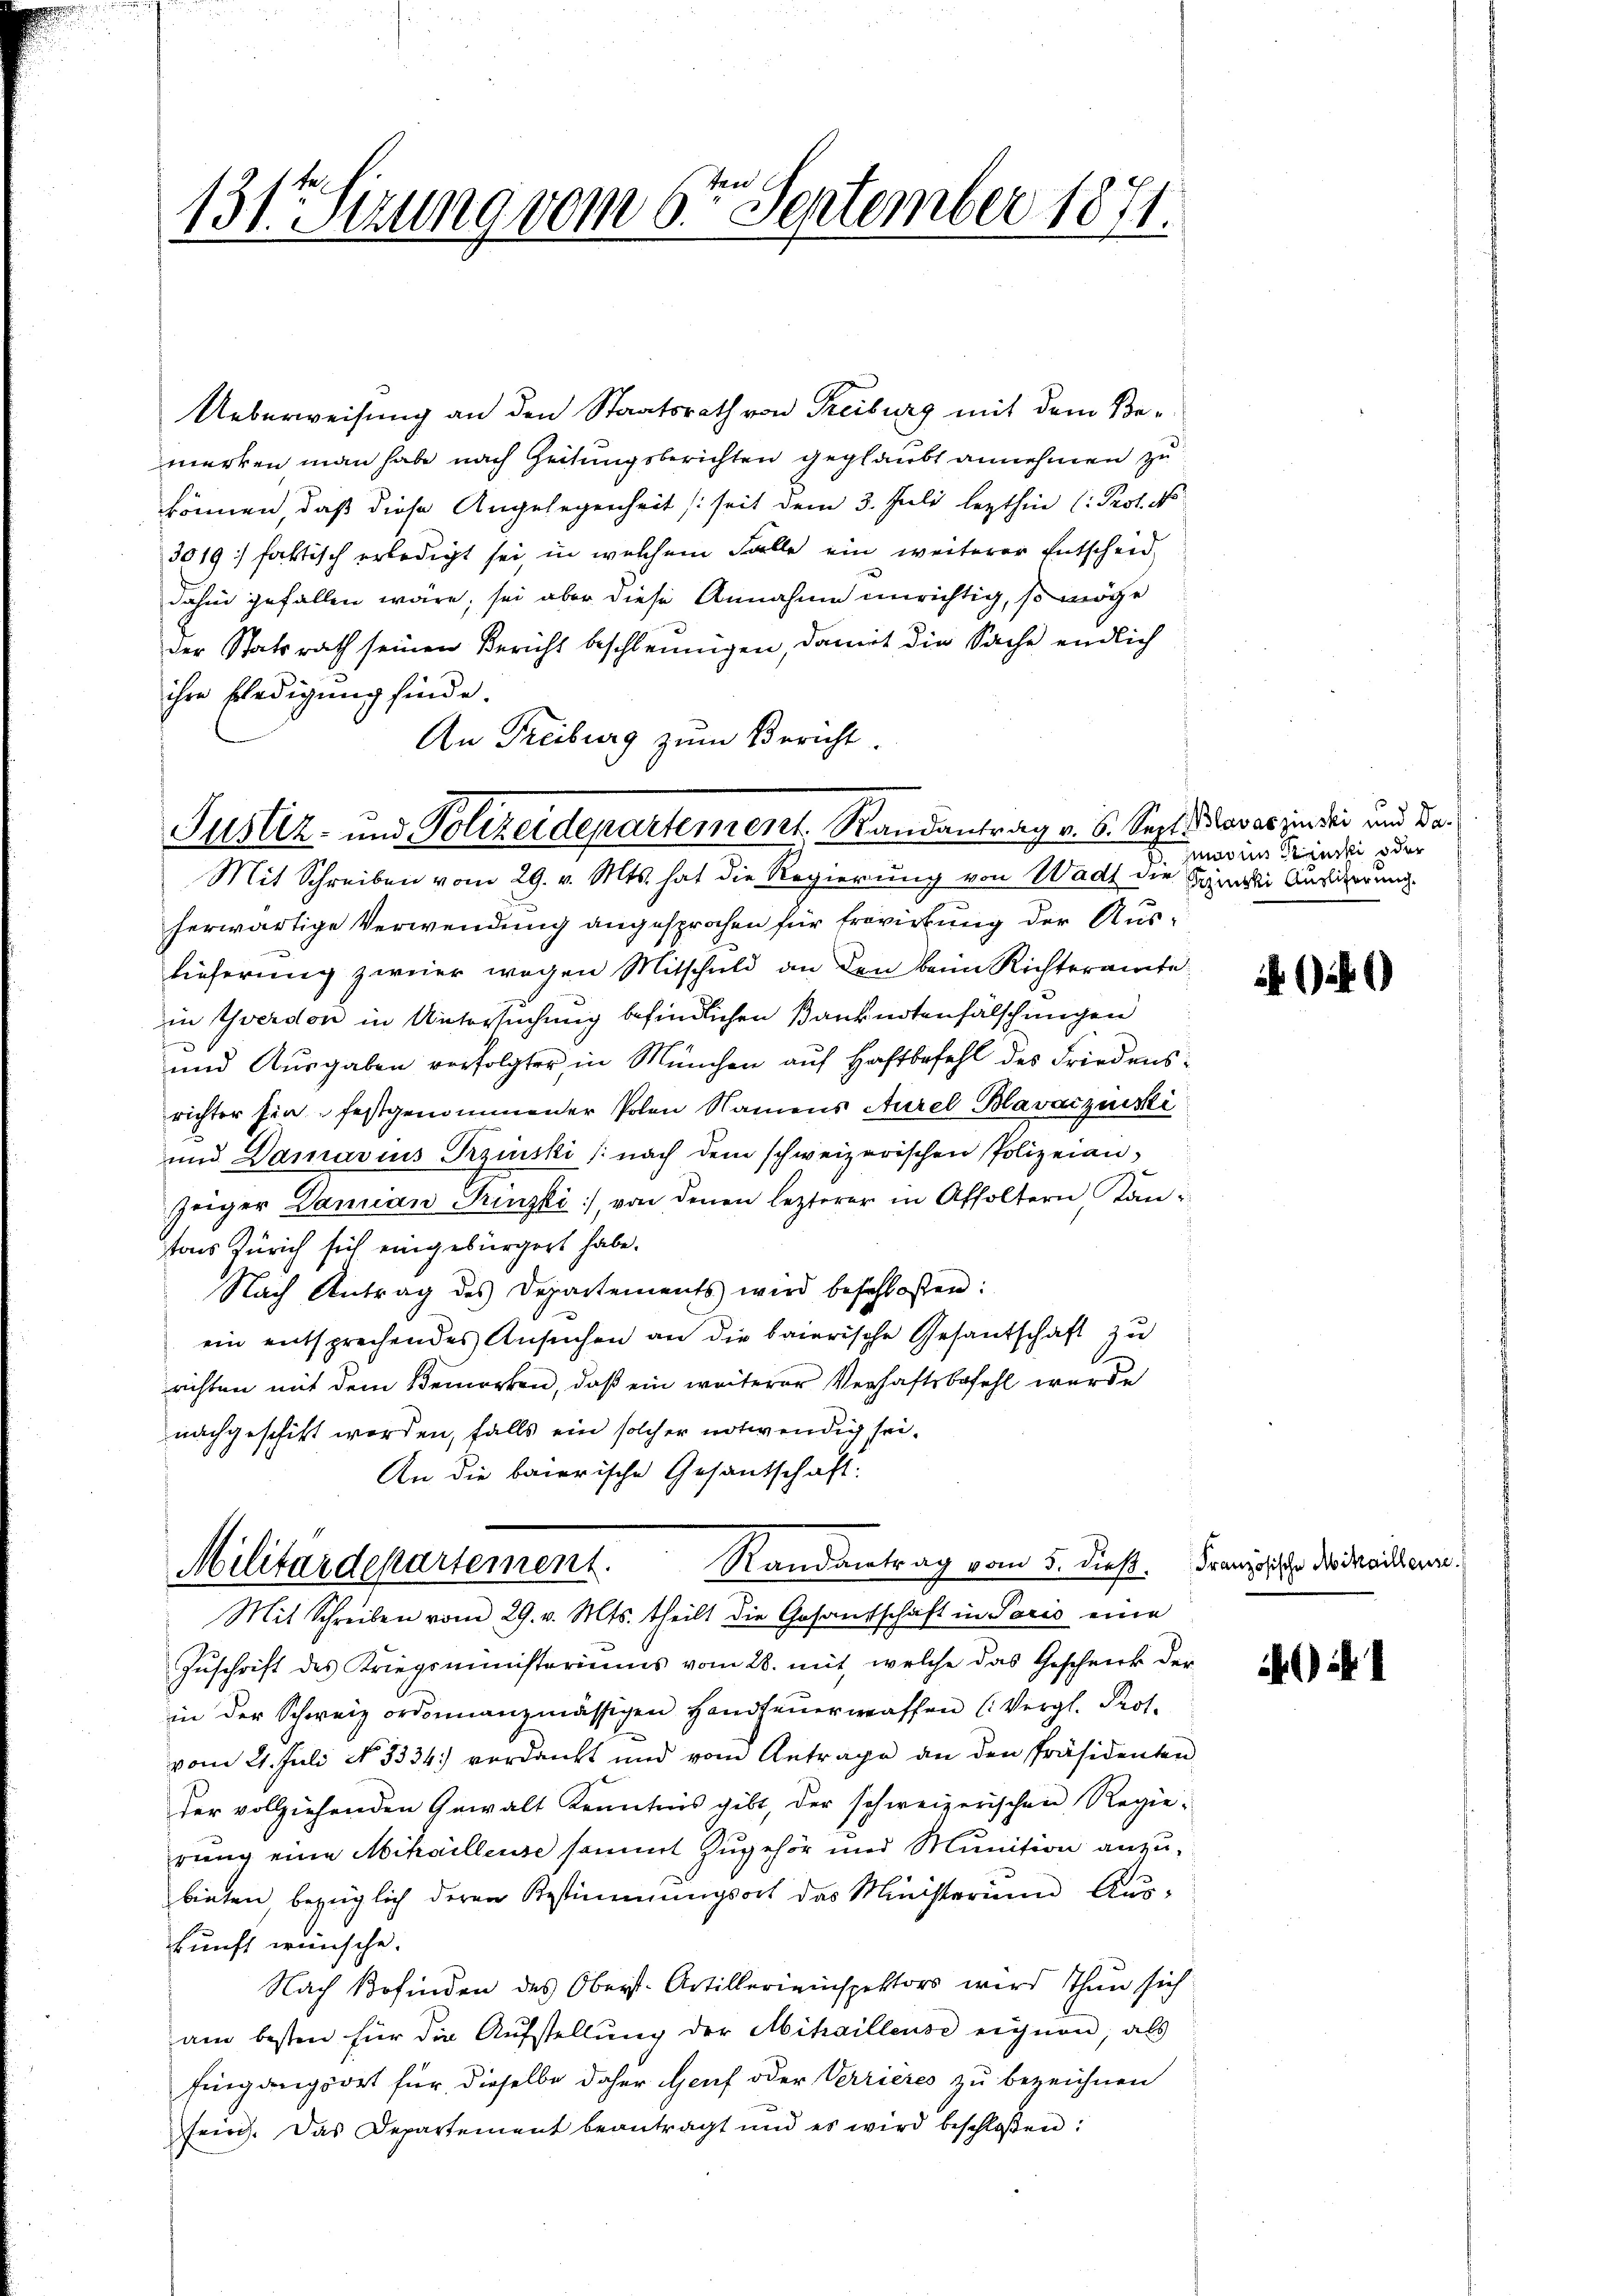
131te Serung vom 6ten September 1871.

Ueberweisung an den Staatsrath von Treiburg mit dem Bemerken man habe nach Zeitungsberichten geglaubt annehmen zu
können, daß diese Angelegenheit (seit dem 3. Juli lezthin (Prof. No
3019) faktisch erledigt sei, in welchem Falle ein weiterer Entscheid
dahin gefallen wäre; sei aber diese Annahme unrichtig, so möge
der Statsrath seinen Bericht beschleunigen, damit die Sache endlich
ihre Erledigung finde.
An Freiburg zum Bericht.

Justiz- und Polizeidepartement. Randantrag v. 6. Sept., das es in der und da¬
Mit Schreiben vom 29. v. Mts. hat die Regierung von Wadt die Familie Ausierung

Militärdepartement. Randantrag vom 5. dieß. Franz des dreichen.
Mit Schreiben vom 29. v. Mts. theilt die Gesandtschaft in Paris eine

herwärtige Verwendung angesprochen für Erwirkung der Auslieferung zweier wegen Mitschuld an den beim Richteramte
in Yverdon in Untersuchung befindlichen Banknotenfälschungen
und Ausgaben verfolgter in München auf Haftbefehl des Friedensrichter hin festgenommener Polen Namens Aurel Blavaczuiski
und Damarius Trzinski (nach dem schweizerischen Polizeian,
zeiger Damian Prinzki, von denen lezterer in Affoltern Kantons Zürich sich eingebürgert habe.
Nach Antrag des Departements wird beschloßen:
ein entsprechendes Ansuchen an die baierische Gesantschaft zu
richten mit dem Bemerken, daß ein weiterer Verhaftsbefehl wurde
nachgeschikt worden, falls ein solcher notwendig sei¬
An die baierische Gesandschaft:

moins Krinski oder

Zuschrift des Kriegsministeriums vom 28. mit, welche das Geschenck der
in der Schweiz ordinanzmässigen Handfeuerwaffen (Vergl. Prot.
vom 21. Juli No 1334) verdankt und vom Antrage an den Präsidenten
der vollziehenden Gewalt Kenntnis gibt, der schweizerischen Regierung eine Mihailleuse sammt zugehör und Munition anzubieten, bezüglich deren Bestimmungsort das Ministerium Auskunft wünsche.
Nach Befinden des Oberst-Artillerieinspektors wird Thun sich
am besten für die Aufstellung der Mihaillense einen, als
Eingangsort für dieselbe daher Genf oder Verrieres zu bezeichnen
fein. Das Departement beantragt und es wird beschloßen:

41